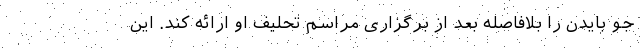
جو بایدن را بلافاصله بعد از برگزاری مراسم تحلیف او ارائه کند. این